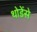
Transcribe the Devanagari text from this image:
थोडेंसे